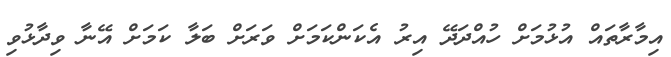
އިމާރާތައް އުޅުމަށް ހުއްދަދޭ އިރު އެކަންކަމަށް ވަރަށް ބަލާ ކަމަށް އޭނާ ވިދާޅުވި